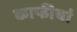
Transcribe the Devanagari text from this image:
काफीयां